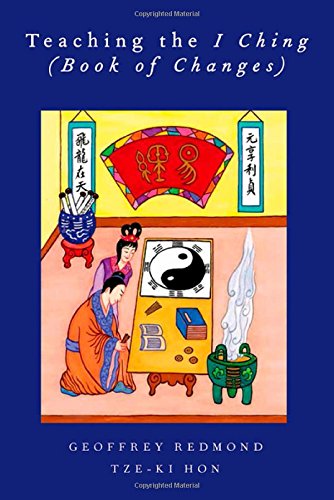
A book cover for Teaching the I Ching (Book of Changes) (AAR Teaching Religious Studies); Geoffrey Redmond; Religion & Spirituality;